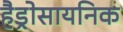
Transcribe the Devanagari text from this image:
हैड्रोसायनिक